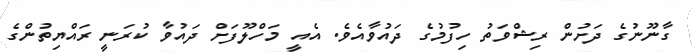
ގާނޫނުގެ ދަށުން ރިޝްވަތު ހިފުމުގެ ދައުވާއެވެ. އެއީ މަހްލޫފަށް ދައުވާ ކުރަނީ ރައްޔިތުންގެ